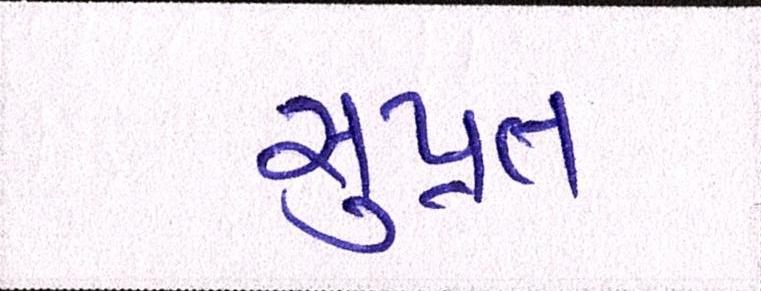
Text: સુપ્રત